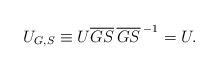
LaTeX: \begin{align*}U_{G,S}\equiv U\overline{GS}\, {\overline{GS}\,}^{-1}=U.\end{align*}